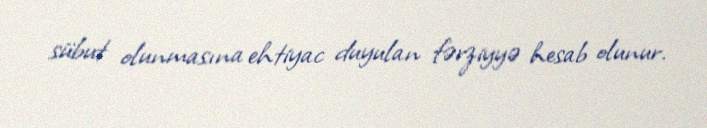
sübut olunmasına ehtiyac duyulan fərziyyə hesab olunur.